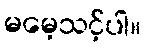
မမေ့သင့်ပါ။